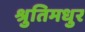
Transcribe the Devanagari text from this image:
श्रुतिमधुर